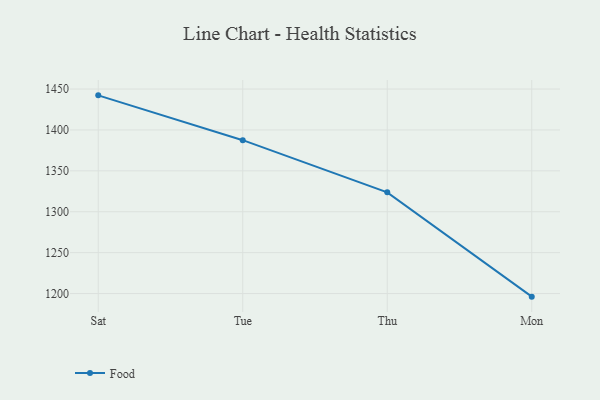
{"axis": {"x": "Day", "y": "Temperature (°C)"}, "legend": ["Food"], "data": [{"x": "Sat", "y": 1442.3, "type": "Food"}, {"x": "Tue", "y": 1387.5, "type": "Food"}, {"x": "Thu", "y": 1323.7, "type": "Food"}, {"x": "Mon", "y": 1196.2, "type": "Food"}]}